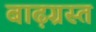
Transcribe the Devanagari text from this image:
बाढ़ग्रस्‍त